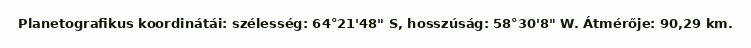
Planetografikus koordinátái: szélesség: 64°21'48" S, hosszúság: 58°30'8" W. Átmérője: 90,29 km.